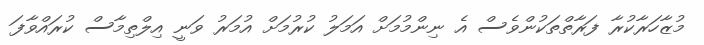
މުޒާހަރާކުރާ ފަރާތްތަކުންވެސް އެ ނިންމުމަށް އަމަލު ކުރުމަށް އުމަރު ވަނީ އިލްތިމާސް ކުރައްވާފަ